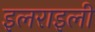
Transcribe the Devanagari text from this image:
इलराइली